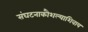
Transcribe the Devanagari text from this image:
संघटनाकौशल्याशिवाय